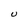
Character: U